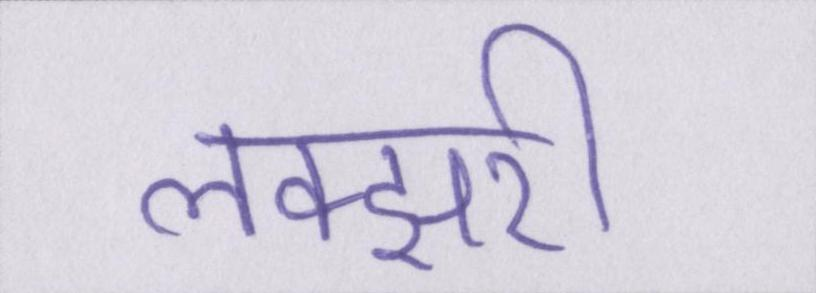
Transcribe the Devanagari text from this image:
लक्झरी